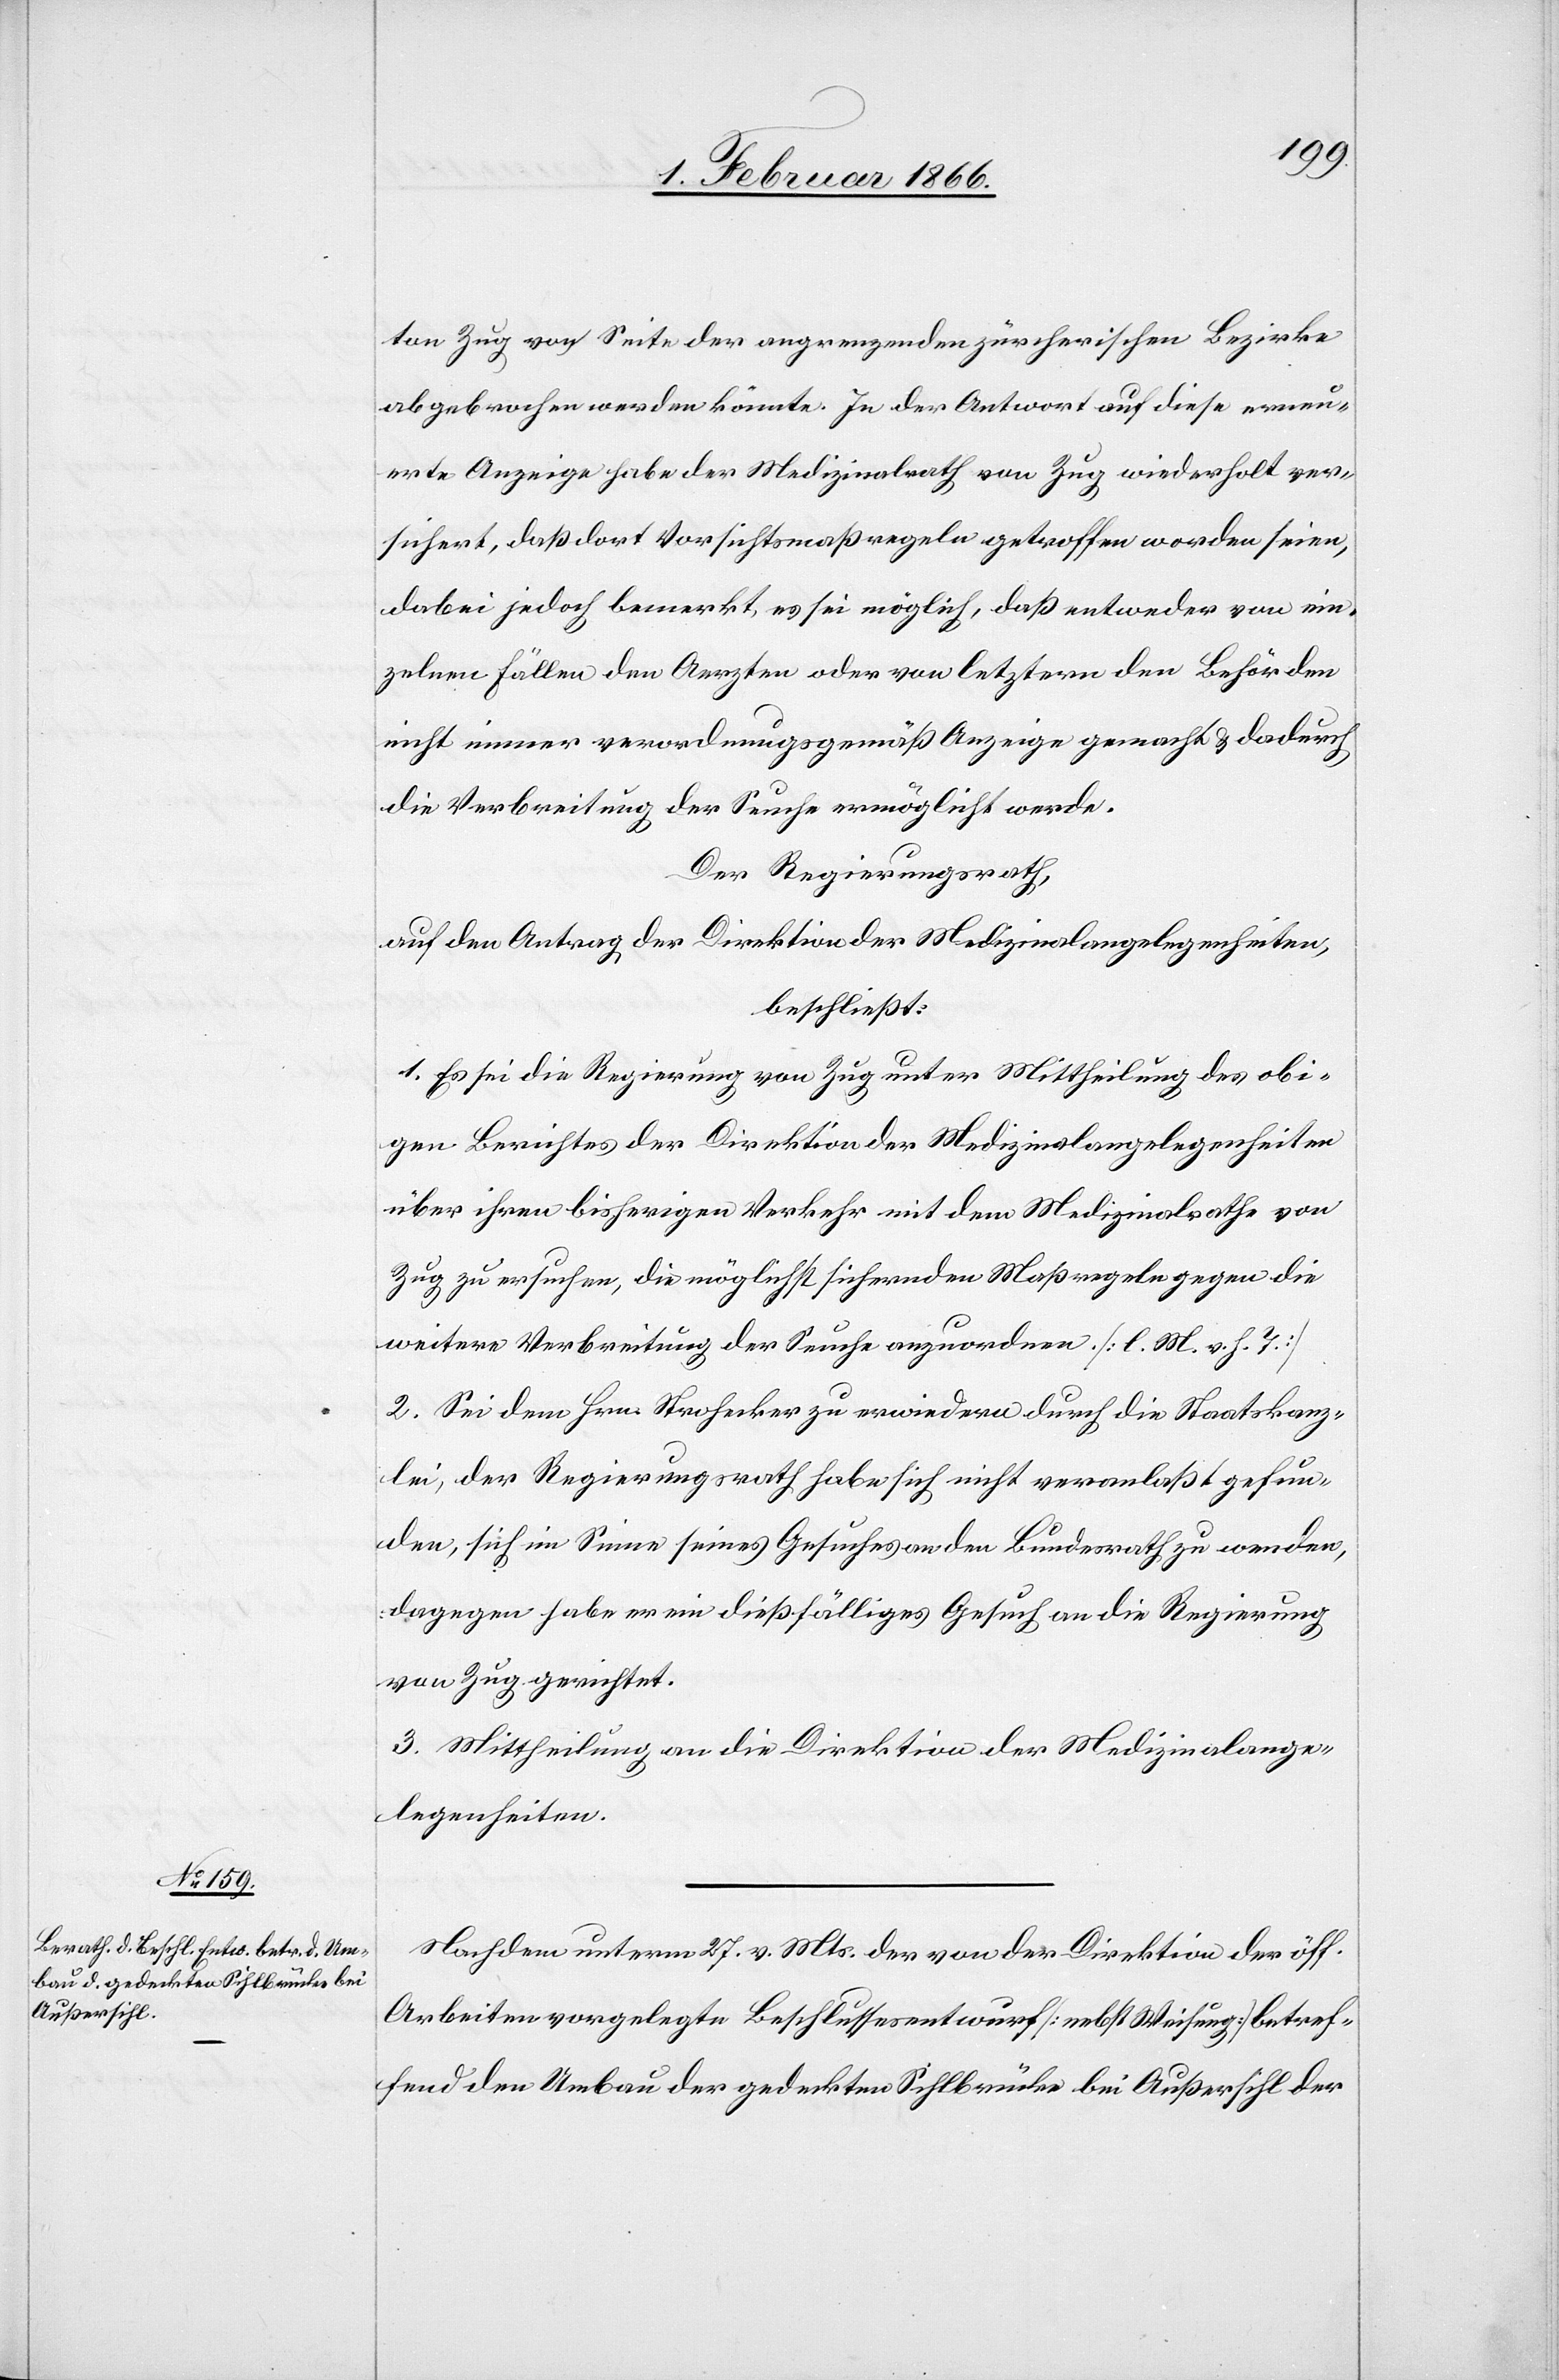
ton Zug von Seite der angrenzenden zürcherischen Bezirke
abgebrochen werden könnte. In der Antwort auf diese erneu¬
erte Anzeige habe der Medizinalrath von Zug wiederholt ver¬
sichert, daß dort Vorsichtsmaßregeln getroffen worden seien,
dabei jedoch bemerkt, es sei möglich, daß entweder von ein¬
zelnen Fällen den Aerzten oder von letztern den Behörden
nicht immer verordnungsgemäß Anzeige gemacht u. dadurch
die Verbreitung der Seuche ermöglicht werde.
Der Regierungsrath,
auf den Antrag der Direktion der Medizinalangelegenheiten,
beschließt:
1. Es sei die Regierung von Zug unter Mittheilung des obi¬
gen Berichtes der Direktion der Medizinalangelegenheiten
über ihren bisherigen Verkehr mit dem Medizinalrathe von
Zug zu ersuchen, die möglichst sichernden Maßregeln gegen die
weitere Verbreitung der Seuche anzuordnen. [l. M. v. h. T.]
2. Sei dem Hrn. Strohecker zu erwiedern durch die Staatskanz¬
lei, der Regierungsrath habe sich nicht veranlaßt gefun¬
den, sich im Sinne seines Gesuches an den Bundesrath zu wenden,
dagegen habe er ein dießfälliges Gesuch an die Regierung
von Zug gerichtet.
3. Mittheilung an die Direktion der Medizinalange¬
legenheiten.
Nachdem unterm 27. v. Mts. der von der Direktion der öff.
Arbeiten vorgelegte Beschlussesentwurf [nebst Weisung] betref¬
fend den Umbau der gedeckten Sihlbrücke bei Außersihl der